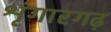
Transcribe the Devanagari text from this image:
श्रृंगारगढ़